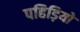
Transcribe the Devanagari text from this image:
पहिड़ियो